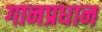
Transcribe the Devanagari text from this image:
गानप्रधान